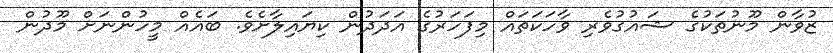
ޒުވާން މޫނުތަކުގެ ޝައުގުވެރި ވާހަކަތައް މިފަހަރުގެ އަދަދުން ކިޔައިލާށެވެ. ބައެއް މީހުންނަށް މޫދުން